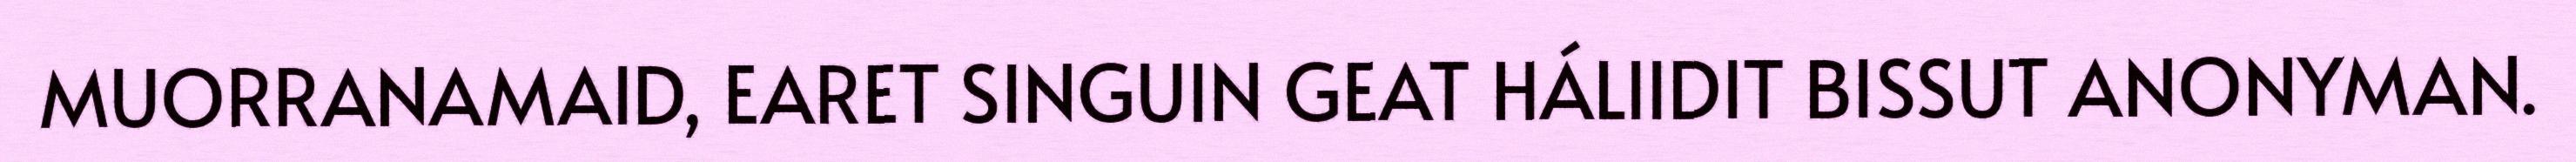
MUORRANAMAID, EARET SINGUIN GEAT HÁLIIDIT BISSUT ANONYMAN.